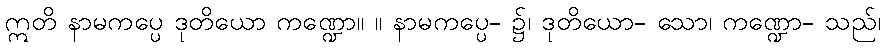
ဣတိ နာမကပ္ပေ ဒုတိယော ကဏ္ဍော။ ။ နာမကပ္ပေ- ၌၊ ဒုတိယော- သော၊ ကဏ္ဍော- သည်၊